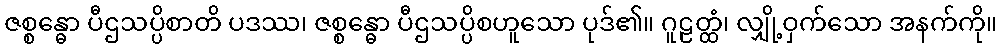
ဇစ္စန္ဓော ပီဌသပ္ပိစာတိ ပဒဿ၊ ဇစ္စန္ဓော ပီဌသပ္ပိစဟူသော ပုဒ်၏။ ဂူဠတ္ထံ၊ လျှို့ဝှက်သော အနက်ကို။